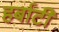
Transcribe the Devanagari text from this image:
हर्बाटी